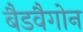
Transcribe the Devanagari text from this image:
बैडवैगोन